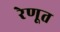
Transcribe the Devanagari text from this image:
रेणूत